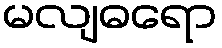
မလျဓရော